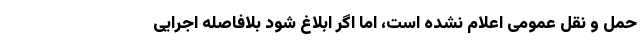
حمل و نقل عمومی اعلام نشده است، اما اگر ابلاغ شود بلافاصله اجرایی